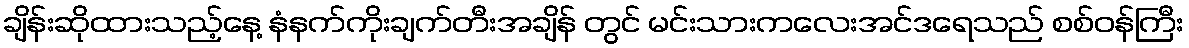
ချိန်းဆိုထားသည့်နေ့ နံနက်ကိုးချက်တီးအချိန် တွင် မင်းသားကလေးအင်ဒရေသည် စစ်ဝန်ကြီး